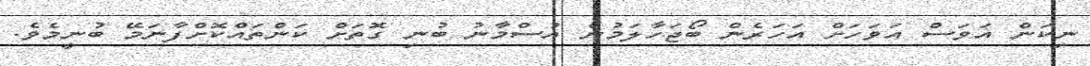
ނިކަން އަވަސް އަވަހަށް އަހަރެން ބޯޖަހާލަމުން އުސްމާނު ބުނި ގޮތަށް ކަންތައްކޮށްފާނަމޭ ބުނީމެވެ.